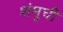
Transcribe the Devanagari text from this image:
शंमुघी